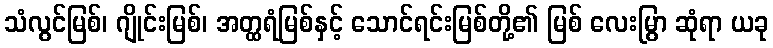
သံလွင်မြစ်၊ ဂျိုင်းမြစ်၊ အတ္ထရံမြစ်နှင့် သောင်ရင်းမြစ်တို့၏ မြစ် လေးမြွာ ဆုံရာ ယခု